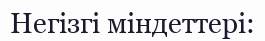
Негізгі міндеттері: